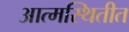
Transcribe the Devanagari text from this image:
आत्मस्थितीत